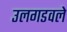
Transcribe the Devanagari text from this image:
उलगडवले